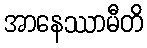
အာနေဿာမီတိ